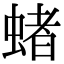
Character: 蝫